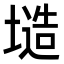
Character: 𭏤